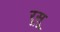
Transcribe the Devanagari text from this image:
रूसू